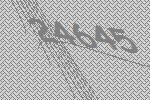
24645